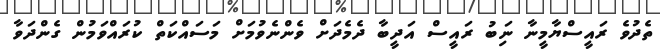
ތެދުވެ ރައީސްޔާމީނާ ނަިބު ރައީސް އަދީބާ ދެމެދަށް ވެންނެވުމަށް މަސައްކަތް ކުރައްވަމުން ގެންދަވާ